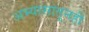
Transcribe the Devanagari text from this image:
अभ्यासातूनही